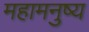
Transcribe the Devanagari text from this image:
महामनुष्य